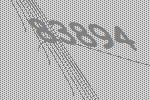
83894